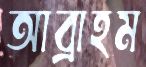
আব্রাহম